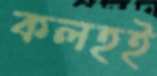
কলহই